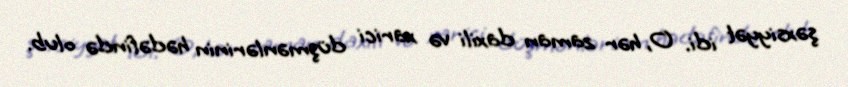
şəxsiyyət idi. O, hər zaman daxili və xarici düşmənlərinin hədəfində olub.